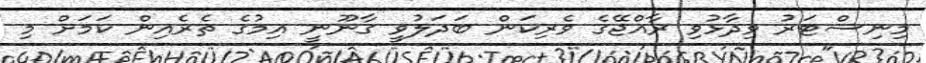
މިނިސްޓަރު ވިދާޅުވި ރާއްޖޭގެ ވެރިކަން ބަދަލުވީ ގާނޫނީ އިމުގެ ތެރެއިން ކަމަށް މި